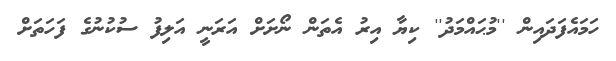
ހަމައެފަދައިން ''މުޙައްމަދު'' ކިޔާ އިރު އެތަން ނޯށަށް އަރަނީ އަލިފު ސުކުނުގެ ފަހަތަށް